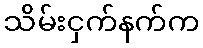
သိမ်းငှက်နက်က